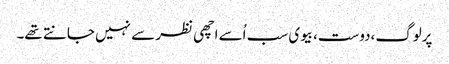
پرلوگ،دوست،بیوی سب اُسے اچھی نظر سے نہیں جانتے تھے۔